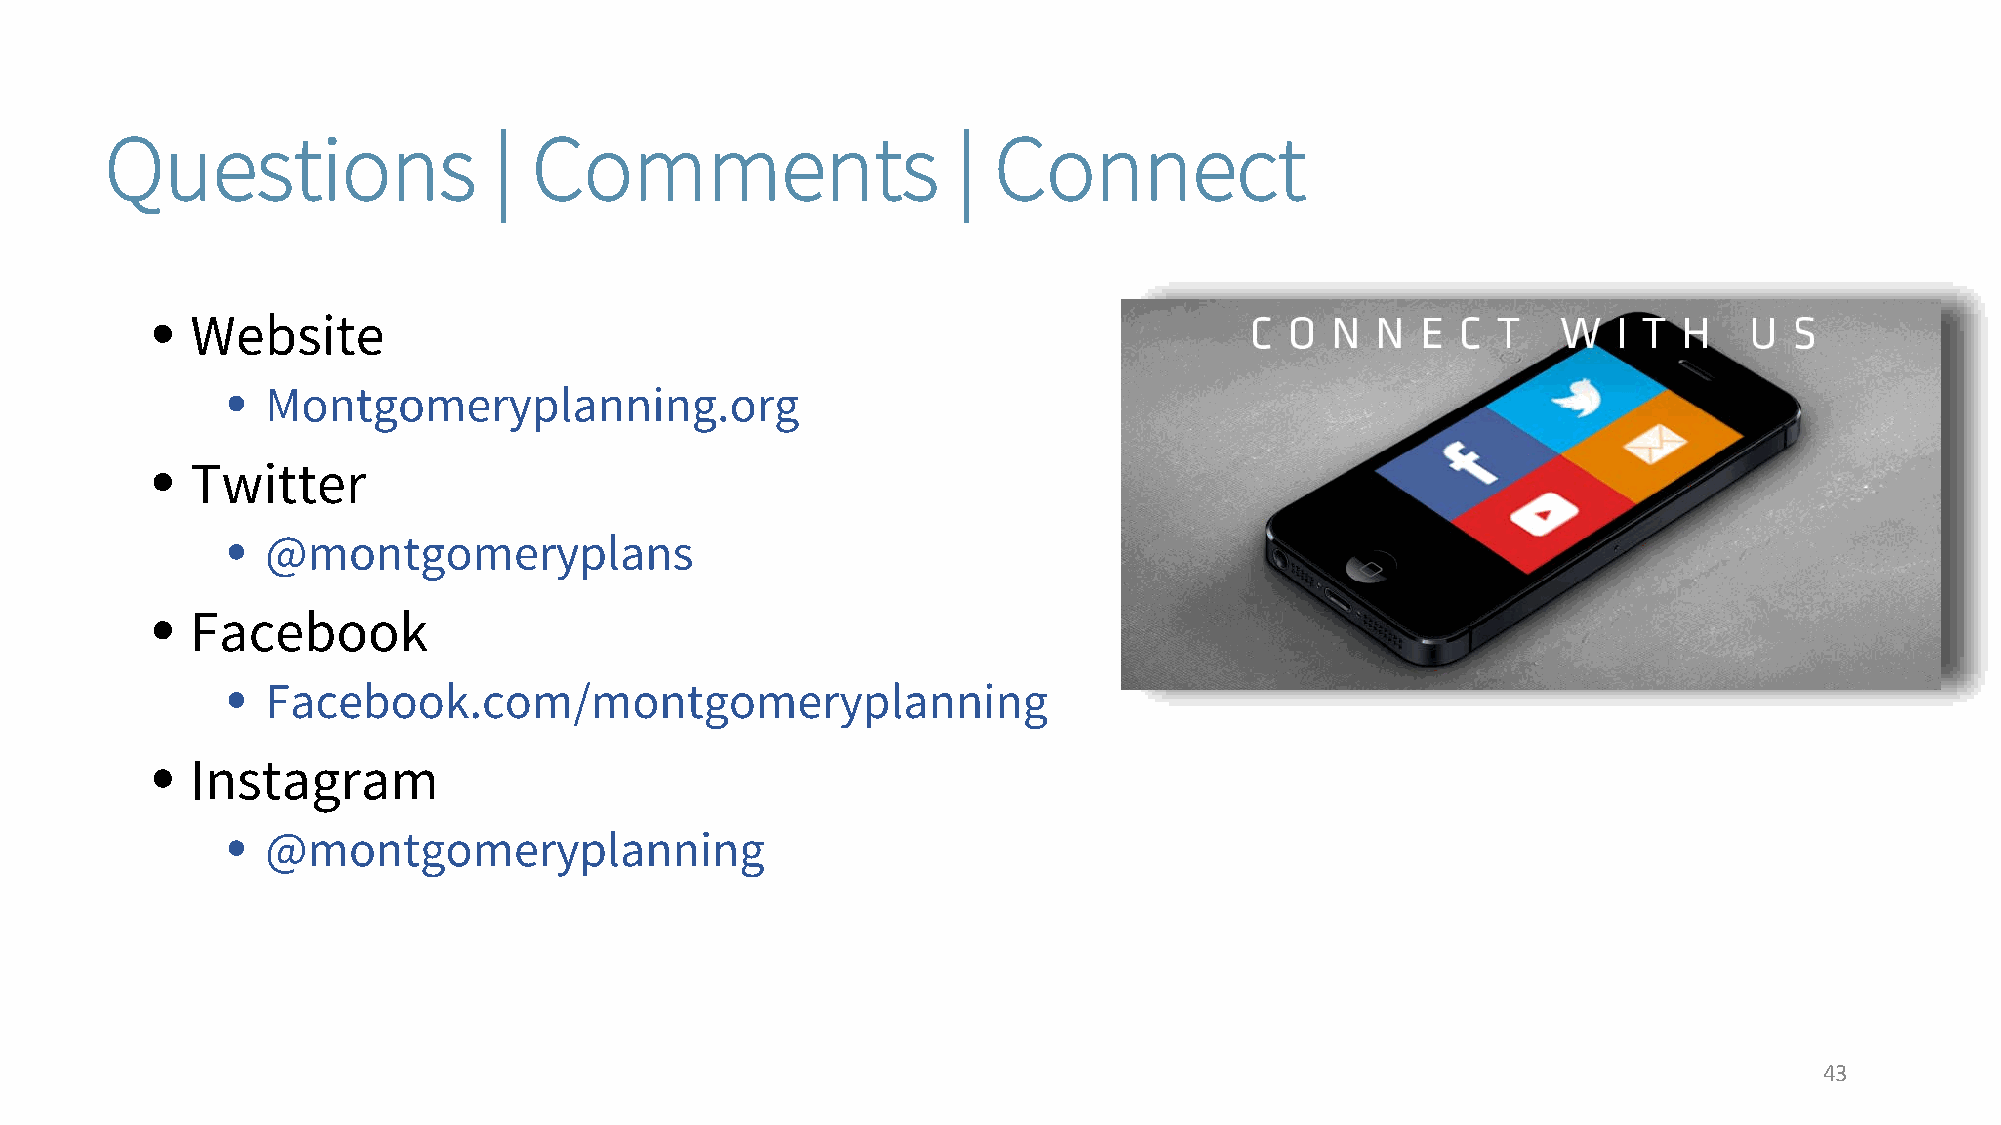
Questions                 | Comments                    |  Connect
 •  Website
 •  Montgomeryplanning.org
 •  Twitter
 •  @montgomeryplans
 •  Facebook
 •  Facebook.com/montgomeryplanning
 •  Instagram
 •  @montgomeryplanning
 43